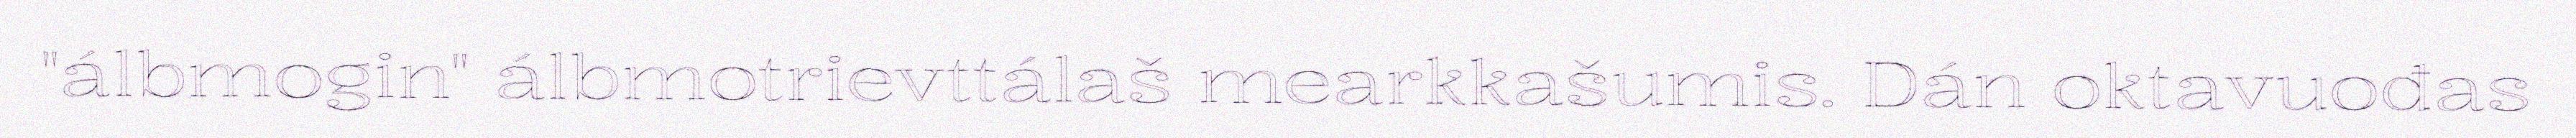
"álbmogin" álbmotrievttálaš mearkkašumis. Dán oktavuođas